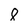
Character: 8